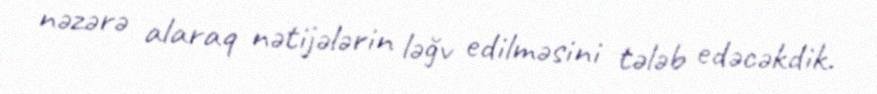
nəzərə alaraq nətijələrin ləğv edilməsini tələb edəcəkdik.